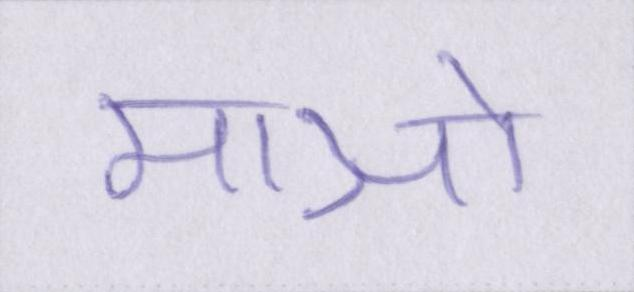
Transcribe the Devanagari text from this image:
माओ